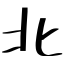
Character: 北